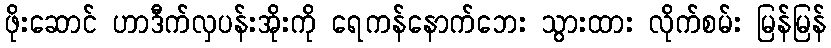
ဖိုးဆောင် ဟာဒီက်လှပန်းအိုးကို ရေကန်နောက်ဘေး သွားထား လိုက်စမ်း မြန်မြန်